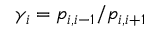
\gamma _ { i } = p _ { i , i - 1 } / p _ { i , i + 1 }